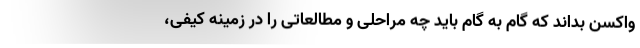
واکسن بداند که گام به گام باید چه مراحلی و مطالعاتی را در زمینه کیفی،